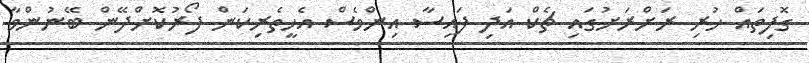
ގޮފިތައް ހުރި ރަށްރަށުގައި ޗެކް އަދި ފައިސާ އިންވެސް އެހީތެރިކަން ފޯރުކޮށްދޭން ބޭނުންވާ